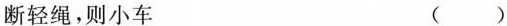
断轻绳，则小车 ( )